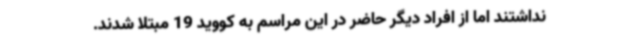
نداشتند اما از افراد دیگر حاضر در این مراسم به کووید 19 مبتلا شدند.